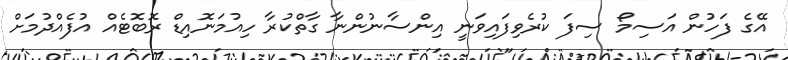
އޭގެ ފަހުން އަސިމޯ ސިފަ ކުރެވިފައިވަނީ އިންސާނުންނާ ގާތްކުރާ ހިއުމަނޮއިޑް ރޮބޮޓެއް އުފެއްދުމަށް